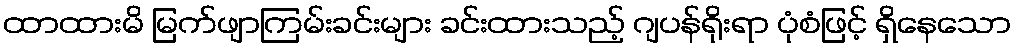
ထာထားမိ မြက်ဖျာကြမ်းခင်းများ ခင်းထားသည့် ဂျပန်ရိုးရာ ပုံစံဖြင့် ရှိနေသော